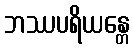
ဘဿပရိယန္တေ